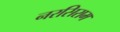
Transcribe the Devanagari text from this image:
नरसिराम